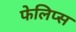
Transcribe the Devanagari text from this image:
फेलिप्स